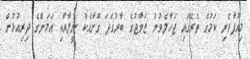
މިއުފާވެރި ކަމުގެ ތެރޭގައި ޖަހާލެވުނު ޒަވާޖުގެ ބާރުގަދަ ގޮށާއެކު ނީލާއާއި އަމަންގެ ދިރިއުޅުން